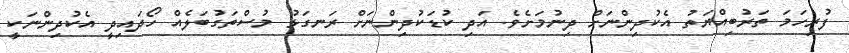
ފުރިހަމަ ތަރުބިއްޔަތު އެކުދިންނަށް ދިނުމަށެވެ. އަދި ކުޑަކުދިންނަށް ރަނގަޅު މުސްތަގުބަލެއް ހޯދައިދީ އެކުދިންނަކީ